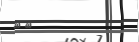
٩٥